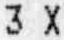
3 X